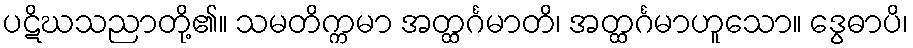
ပဋိဃသညာတို့၏။ သမတိက္ကမာ အတ္ထင်္ဂမာတိ၊ အတ္ထင်္ဂမာဟူသော။ ဒွေဓာပိ၊